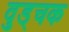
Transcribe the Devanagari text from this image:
वुड्चक